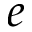
e